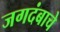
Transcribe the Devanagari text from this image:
जगदंबाचे